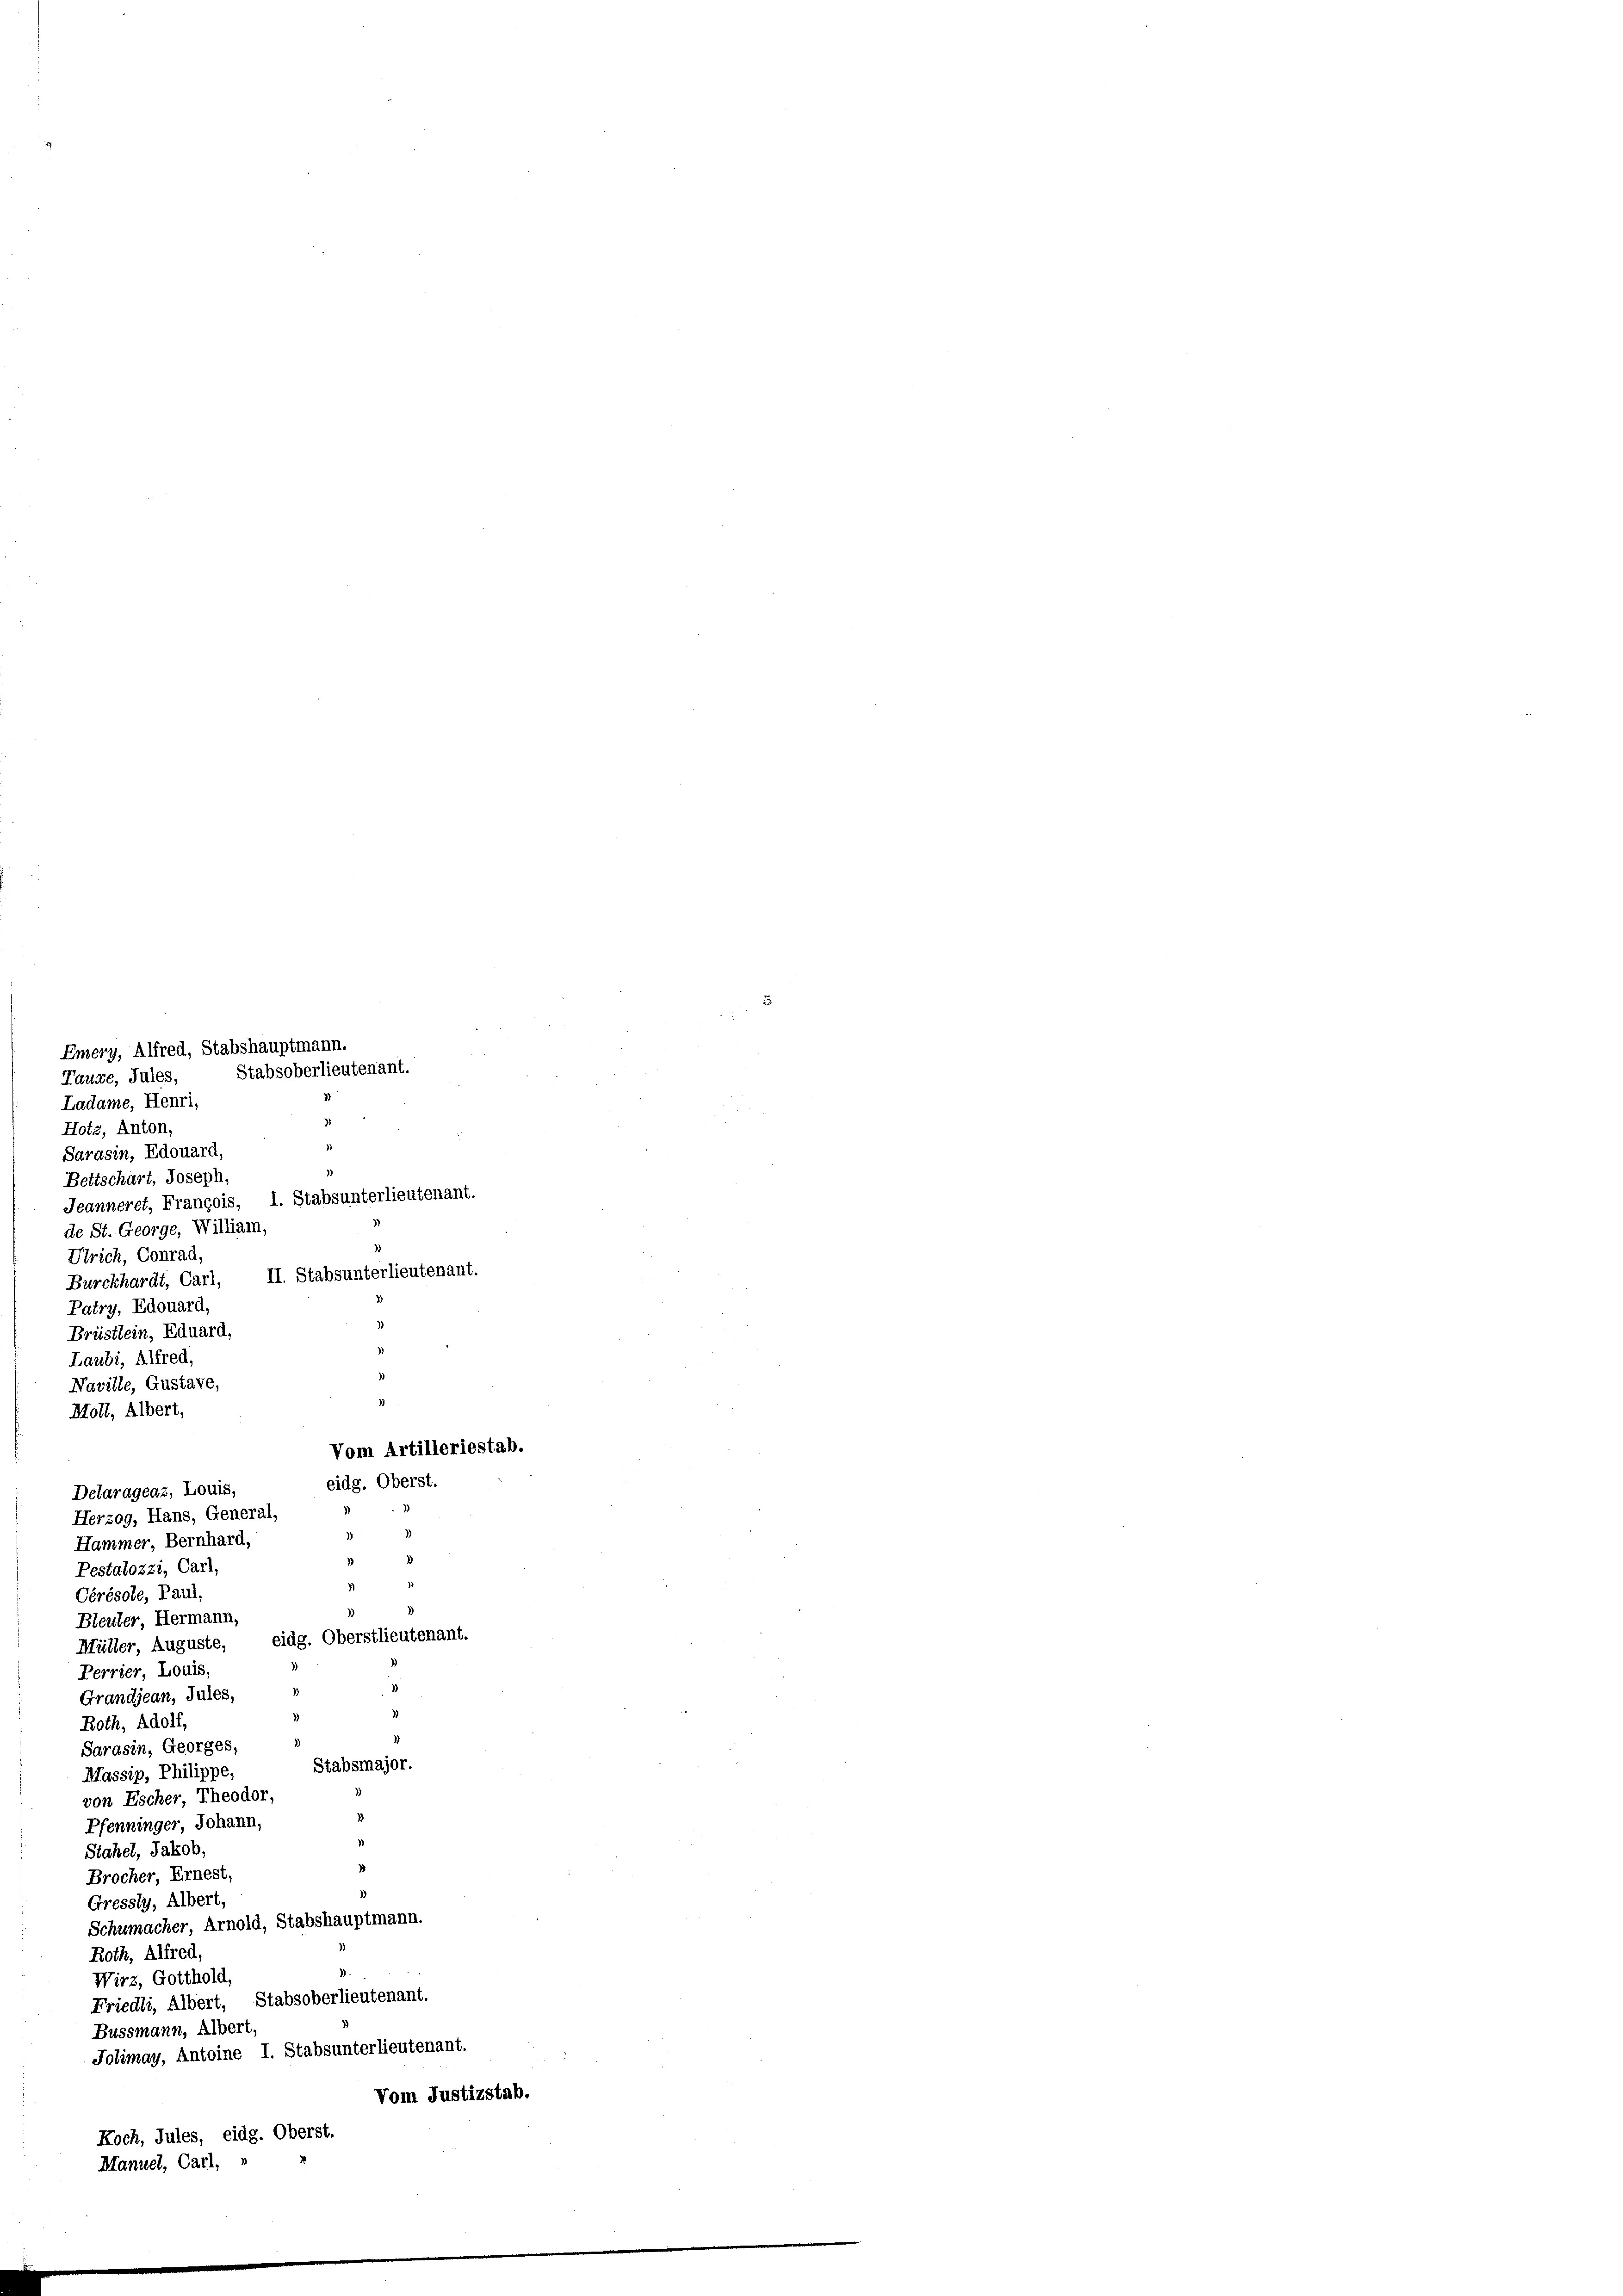
I. Stabsunterlieutenant.
Ulrich, Conrad,
Burckhardt, Carl, II. Stabsunterlieutenant.
Patry, Edouard,
Brüstlein, Eduard,
Laubi, Alfred,
¬
Naville, Gustave,
Moll, Albert,
Delarageaz, Louis,
Herzog, Hans, General,
Hammer Bernhard,
Pestalozzi, Carl,
Cérésole, Paul,
Bleuler Hermann,
Müller Auguste, eidg. Oberstlieutenant.
1)
Perrier Louis,
Grandjean, Jules,
)
Roth, Adolf,
Sarasin, Georges,
Stabsmajor.
Massip, Philippe,
von Escher Theodor,
Pfenninger Johann,
Stahel, Jakob,
Brocher Ernest,
3
Gressly, Albert,
Schumacher Arnold, Stabshauptmann.
Roth, Alfred
Wirz, Gotthold,
Friedli, Albert, Stabsoberlieutenant.
Bussmann, Albert,
Jolimay, Antoine I. Stabsunterlieutenant.
Vom Justizstab.
Koch, Jules, eidg. Oberst.
Manuel, Carl,

Emery, Alfred, Stabshauptmann.
Tauce, Jules,
Ladame, Henri,
Hotz, Anton,
Sarasin, Edouard,
Bettschart, Joseph,
Jeanneret, François.
de St. George, William,

Stabsoberlieutenant.

Vom Artilleriestab.
eidg. Oberst.